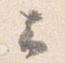
云